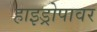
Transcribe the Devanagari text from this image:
हाइड्रोपावर